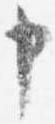
申